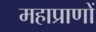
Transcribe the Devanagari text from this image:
महाप्राणों